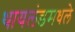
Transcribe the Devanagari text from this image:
थायलंडमधले